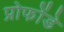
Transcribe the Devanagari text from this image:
प्रोफोंडे